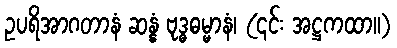
ဥပရိအာဂတာနံ ဆန္နံ ဗုဒ္ဓဓမ္မာနံ၊ (၎င်း အဋ္ဌကထာ။)